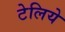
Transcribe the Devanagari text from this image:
टेलिये